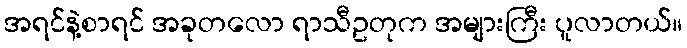
အရင်နဲ့စာရင် အခုတလော ရာသီဥတုက အများကြီး ပူလာတယ်။